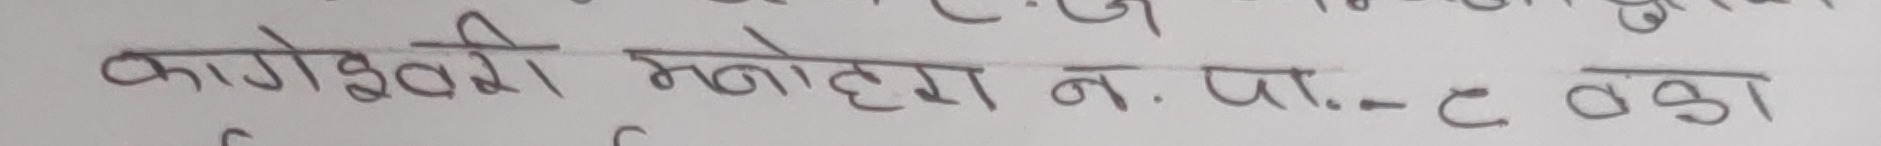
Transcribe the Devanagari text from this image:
कागेश्वरी मनोहरा न. पा.-८ वडा